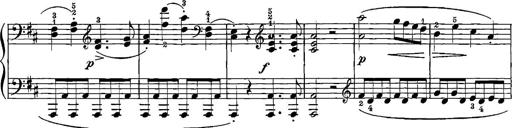
Title: 12 Sonatinas
Composer: Ignaz Pleyel